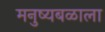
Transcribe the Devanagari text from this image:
मनुष्यबळाला